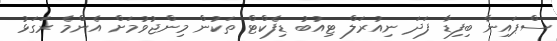
ސްޕައިނާ ބިފިޑާ ފަދަ ނިއުރަލް ޓިއުބު ޑިފެކްޓް ތަކުން މިންޖުވުމަށް އެންމެ ރަގަޅު